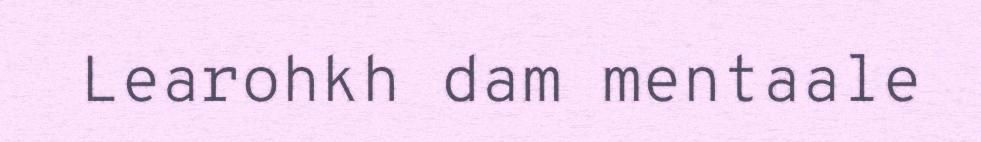
Learohkh dam mentaale